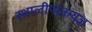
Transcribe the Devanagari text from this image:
स्थालीपाकयज्ञ